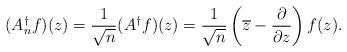
LaTeX: \begin{align*}(A^\dagger_n f)(z)= \frac{1}{\sqrt{n}} (A^\dagger f)(z)=\frac{1}{\sqrt{n}} \left(\overline{z} - \frac{\partial}{\partial z}\right) f(z).\end{align*}